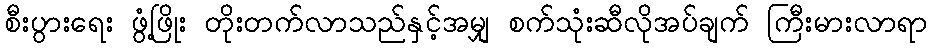
စီးပွားရေး ဖွံ့ဖြိုး တိုးတက်လာသည်နှင့်အမျှ စက်သုံးဆီလိုအပ်ချက် ကြီးမားလာရာ